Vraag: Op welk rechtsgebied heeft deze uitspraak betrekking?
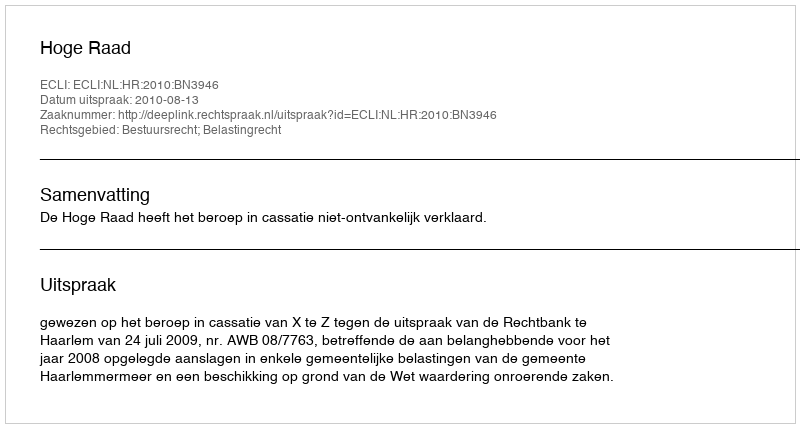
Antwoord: Bestuursrecht; Belastingrecht